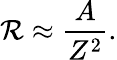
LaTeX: \mathcal{R}\approx\frac{{A}}{{Z^{2}}}.